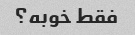
فقط خوبه؟